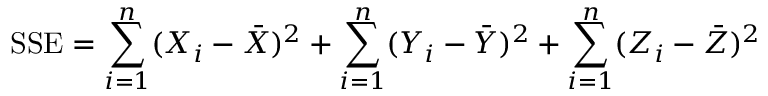
{ \mathrm { S S E } } = \sum _ { i = 1 } ^ { n } ( X _ { i } - { \bar { X } } ) ^ { 2 } + \sum _ { i = 1 } ^ { n } ( Y _ { i } - { \bar { Y } } ) ^ { 2 } + \sum _ { i = 1 } ^ { n } ( Z _ { i } - { \bar { Z } } ) ^ { 2 }